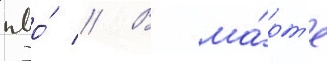
пво́ // В ма́рт'е